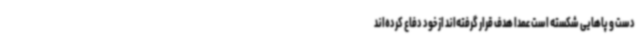
دست و پاهایی شکسته است عمدا هدف قرار گرفته‌اند از خود دفاع کرده‌اند